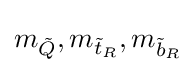
m_{\tilde {Q}},m_{{\tilde {t}}_{R}},m_{{\tilde {b}}_{R}}